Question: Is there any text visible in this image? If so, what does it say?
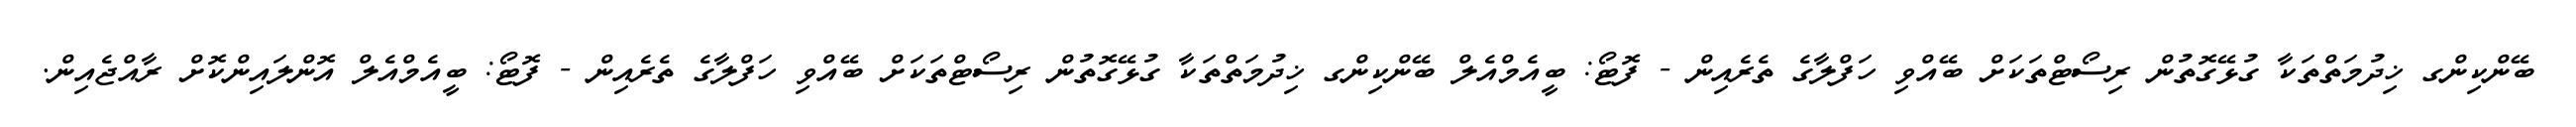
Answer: ބޭންކިންގ ޚިދުމަތްތަކާ ގުޅޭގޮތުން ރިސޯޓްތަކަށް ބޭއްވި ހަފްލާގެ ތެރެއިން - ފޮޓޯ: ބީއެމްއެލް ބޭންކިންގ ޚިދުމަތްތަކާ ގުޅޭގޮތުން ރިސޯޓްތަކަށް ބޭއްވި ހަފްލާގެ ތެރެއިން - ފޮޓޯ: ބީއެމްއެލް އޮންލައިންކޮށް ރާއްޖެއިން.